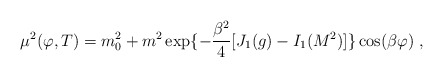
\begin{align*}\mu^2(\varphi,T)= m_0^2+m^2 \exp\{-{\frac {\beta^2}{4}} [J_{1}(g)-I_1(M^2)]\}\cos(\beta\varphi) \; ,\end{align*}